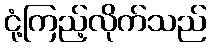
ငုံ့ကြည့်လိုက်သည်